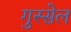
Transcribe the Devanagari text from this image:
गुस्सेल